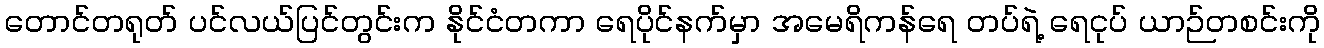
တောင်တရုတ် ပင်လယ်ပြင်တွင်းက နိုင်ငံတကာ ရေပိုင်နက်မှာ အမေရိကန်ရေ တပ်ရဲ့ ရေငုပ် ယာဉ်တစင်းကို